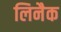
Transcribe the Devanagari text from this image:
लिनैक